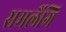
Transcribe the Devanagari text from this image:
समलैंगि